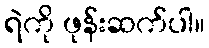
ရဲကို ဖုန်းဆက်ပါ။